画像に写った文字を読んでください
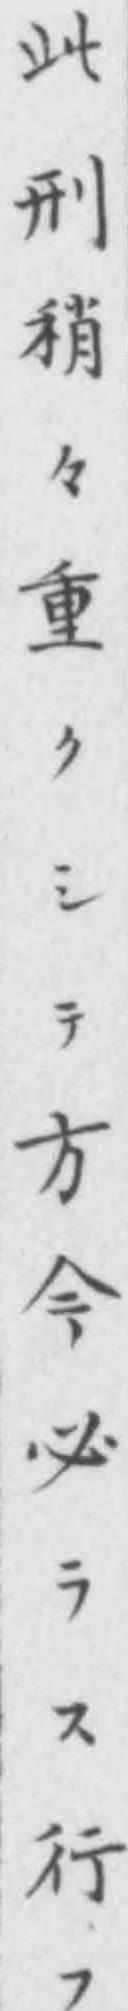
「此刑稍々重クシテ方𫝆必ラス行フ」と書いてあります